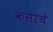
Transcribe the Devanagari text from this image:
कंसाचे